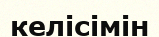
келісімін